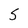
Character: S